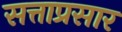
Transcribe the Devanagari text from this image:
सत्ताप्रसार